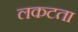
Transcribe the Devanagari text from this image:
लकटता